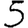
Digit: 5